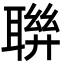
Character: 聨